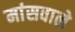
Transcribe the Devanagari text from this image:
मांसवाले